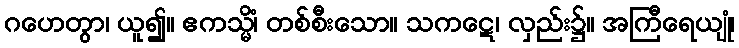
ဂဟေတွာ၊ ယူ၍။ ဧကသ္မိံ၊ တစ်စီးသော။ သကဋေ၊ လှည်း၌။ အကြီရေယျုံ၊